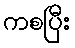
ကစပြီး